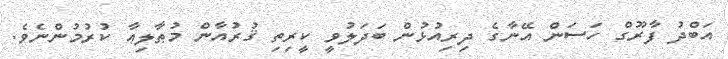
އަބްދު ފާރޫގް ހަސަން އޭނާގެ ދިރިއުޅުން ބަދަލުވީ ކީރިތި ޤުރުއާން މުޠާލިޢާ ކުރުމުންނެވެ.